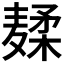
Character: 𱋣